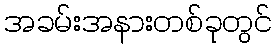
အခမ်းအနားတစ်ခုတွင်